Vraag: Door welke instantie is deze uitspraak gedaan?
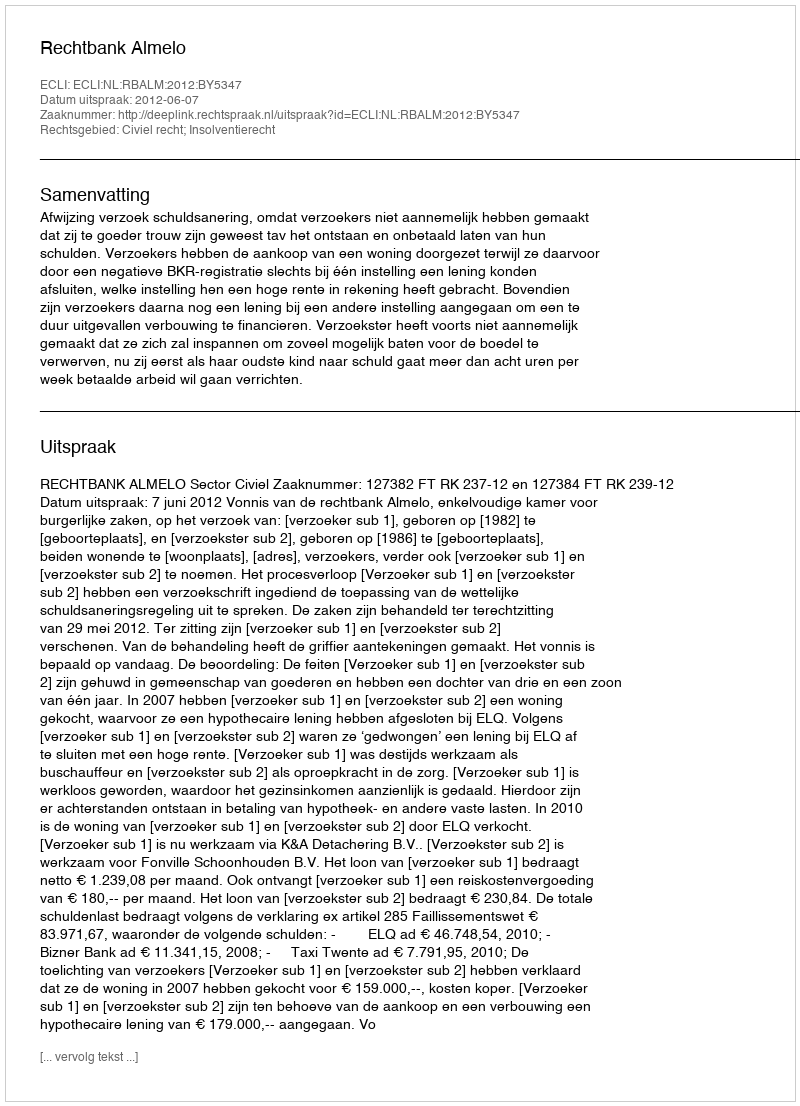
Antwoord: Rechtbank Almelo